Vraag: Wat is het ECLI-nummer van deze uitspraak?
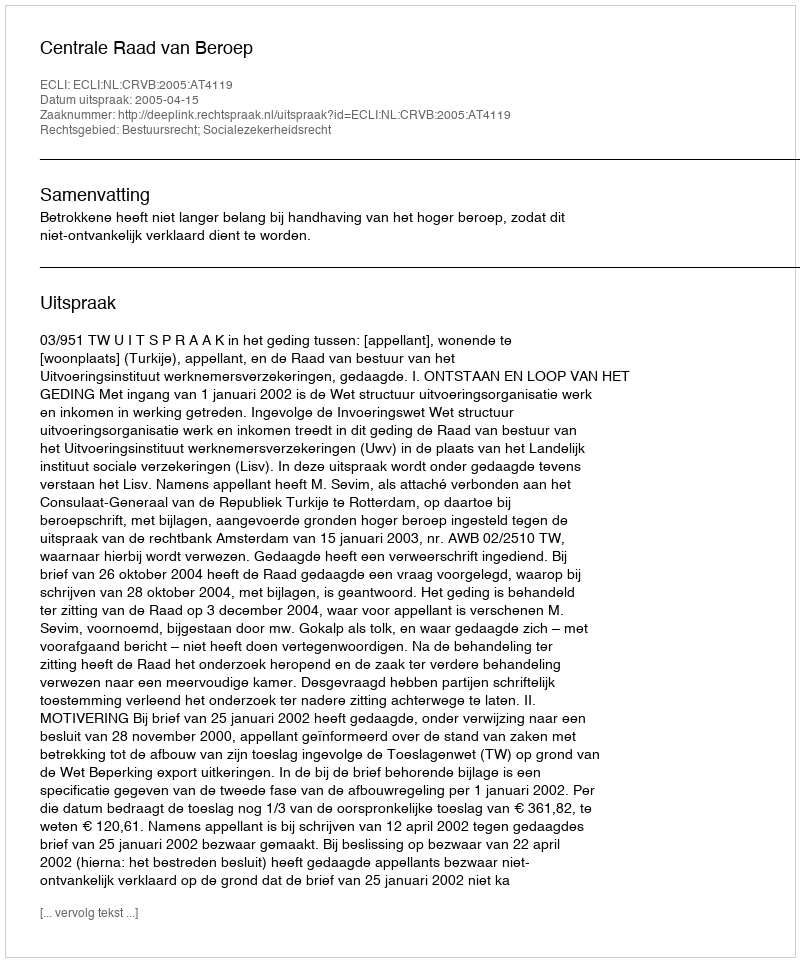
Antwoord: ECLI:NL:CRVB:2005:AT4119